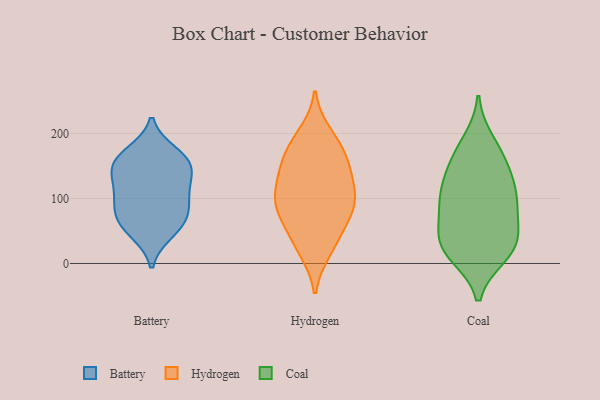
{"axis": {"x": "Customer Acquisition Cost (USD)", "y": "Value"}, "legend": ["Battery", "Coal", "Hydrogen"], "data": [{"x": "", "y": 151, "type": "Battery"}, {"x": "", "y": 48, "type": "Battery"}, {"x": "", "y": 113, "type": "Battery"}, {"x": "", "y": 163, "type": "Battery"}, {"x": "", "y": 74, "type": "Battery"}, {"x": "", "y": 124, "type": "Battery"}, {"x": "", "y": 144, "type": "Battery"}, {"x": "", "y": 102, "type": "Battery"}, {"x": "", "y": 54, "type": "Battery"}, {"x": "", "y": 88, "type": "Battery"}, {"x": "", "y": 154, "type": "Battery"}, {"x": "", "y": 170, "type": "Battery"}, {"x": "", "y": 70, "type": "Battery"}, {"x": "", "y": 199, "type": "Hydrogen"}, {"x": "", "y": 90, "type": "Hydrogen"}, {"x": "", "y": 100, "type": "Hydrogen"}, {"x": "", "y": 186, "type": "Hydrogen"}, {"x": "", "y": 99, "type": "Hydrogen"}, {"x": "", "y": 147, "type": "Hydrogen"}, {"x": "", "y": 72, "type": "Hydrogen"}, {"x": "", "y": 20, "type": "Hydrogen"}, {"x": "", "y": 160, "type": "Hydrogen"}, {"x": "", "y": 130, "type": "Hydrogen"}, {"x": "", "y": 87, "type": "Hydrogen"}, {"x": "", "y": 118, "type": "Hydrogen"}, {"x": "", "y": 177, "type": "Hydrogen"}, {"x": "", "y": 42, "type": "Hydrogen"}, {"x": "", "y": 26, "type": "Hydrogen"}, {"x": "", "y": 146, "type": "Hydrogen"}, {"x": "", "y": 74, "type": "Hydrogen"}, {"x": "", "y": 137, "type": "Coal"}, {"x": "", "y": 105, "type": "Coal"}, {"x": "", "y": 36, "type": "Coal"}, {"x": "", "y": 85, "type": "Coal"}, {"x": "", "y": 98, "type": "Coal"}, {"x": "", "y": 18, "type": "Coal"}, {"x": "", "y": 42, "type": "Coal"}, {"x": "", "y": 67, "type": "Coal"}, {"x": "", "y": 188, "type": "Coal"}, {"x": "", "y": 17, "type": "Coal"}, {"x": "", "y": 13, "type": "Coal"}, {"x": "", "y": 36, "type": "Coal"}, {"x": "", "y": 167, "type": "Coal"}, {"x": "", "y": 126, "type": "Coal"}, {"x": "", "y": 160, "type": "Coal"}, {"x": "", "y": 101, "type": "Coal"}]}